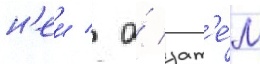
н'еи / а́ зат'е́м